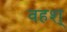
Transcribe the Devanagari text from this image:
वहश्